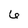
Character: 6